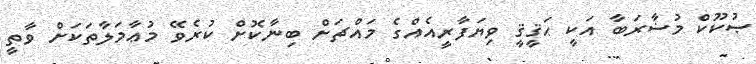
ޞުކޫކް މުޟާރަބާ އަކީ ޙަޤީޤީ ވިޔަފާރީއެއްގެ މައްޗަށް ބިނާކޮށް ކުރެވޭ މުޢާމަލާތަކަށް ވާތީ